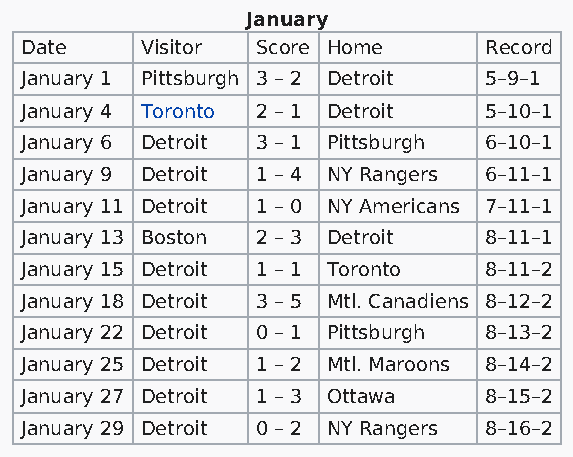
January
 Date    Visitor Score Home     Record
 January 1 Pittsburgh 3 – 2 Detroit 5–9–1
 January 4 Toronto 2 – 1 Detroit 5–10–1
 January 6 Detroit 3 – 1 Pittsburgh 6–10–1
 January 9 Detroit 1 – 4 NY Rangers 6–11–1
 January 11 Detroit 1 – 0 NY Americans 7–11–1
 January 13 Boston 2 – 3 Detroit 8–11–1
 January 15 Detroit 1 – 1 Toronto 8–11–2
 January 18 Detroit 3 – 5 Mtl. Canadiens 8–12–2
 January 22 Detroit 0 – 1 Pittsburgh 8–13–2
 January 25 Detroit 1 – 2 Mtl. Maroons 8–14–2
 January 27 Detroit 1 – 3 Ottawa 8–15–2
 January 29 Detroit 0 – 2 NY Rangers 8–16–2